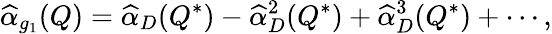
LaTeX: \widehat{\alpha}_{g_{1}}(Q)=\widehat{\alpha}_{D}(Q^{*})-\widehat{\alpha}_{D}^{2}(Q^{*})+\widehat{\alpha}_{D}^{3}(Q^{*})+\cdots,